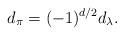
LaTeX: \begin{align*}d_{\pi} = (-1)^{d/2}d_{\lambda}.\end{align*}